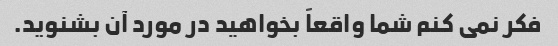
فکر نمی کنم شما واقعاً بخواهید در مورد آن بشنوید.